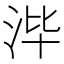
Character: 𰛡